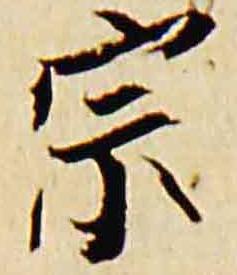
宗